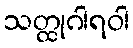
သတ္ထုဂါရဝါ